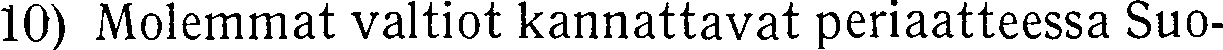
10) Molemmat valtiot kannattavat periaatteessa Suo-